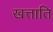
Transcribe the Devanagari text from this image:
खत्ताति